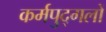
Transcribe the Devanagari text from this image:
कर्मपुद्गलों